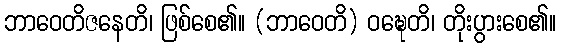
ဘာဝေတိဇနေတိ၊ ဖြစ်စေ၏။ (ဘာဝေတိ) ဝဍ္ဎေတိ၊ တိုးပွားစေ၏။